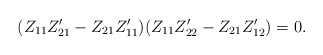
\begin{align*} (Z_{11}Z'_{21}-Z_{21}Z'_{11})(Z_{11}Z'_{22}-Z_{21}Z'_{12})=0.\end{align*}